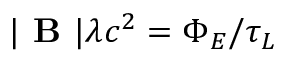
| \textbf { B } | \lambda c ^ { 2 } = \Phi _ { E } / \tau _ { L }